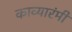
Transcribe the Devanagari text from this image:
काव्यारंमी